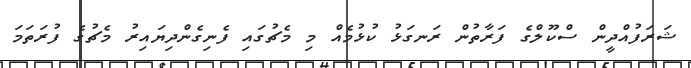
ޝަރަފުއްދީން ސްކޫލްގެ ފަރާތުން ރަނގަޅު ކުޅުމެއް މި މެޗުގައި ފެނިގެންދިޔައިރު މެޗުގެ ފުރަތަމަ